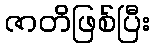
ဇာတိဖြစ်ပြီး